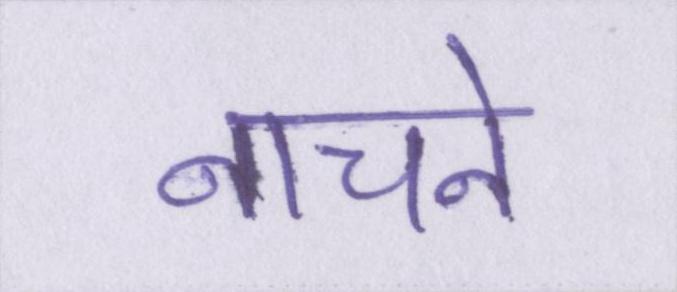
नाचने